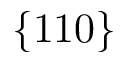
\{ 1 1 0 \}